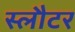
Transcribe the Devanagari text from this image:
स्लौटर